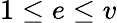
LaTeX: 1\leq e\leq v